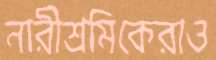
নারীশ্রমিকেরাও